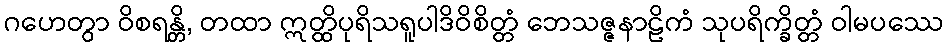
ဂဟေတွာ ဝိစရန္တိ, တထာ ဣတ္ထိပုရိသရူပါဒိဝိစိတ္တံ ဘေသဇ္ဇနာဠိကံ သုပရိက္ခိတ္တံ ဝါမပဿေ